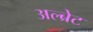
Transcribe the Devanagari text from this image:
अल्ब्रेट